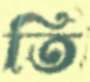
তি